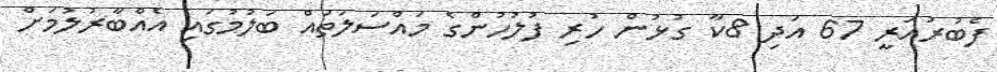
ފެބުރުއަރީ 67 އަދި 8ކާ ގުޅުން ހުރި ފުލުހުންގެ މައްސަލަތައް ބަލުމުގައި އެއްބާރުލުމަށް